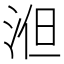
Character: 𣵤